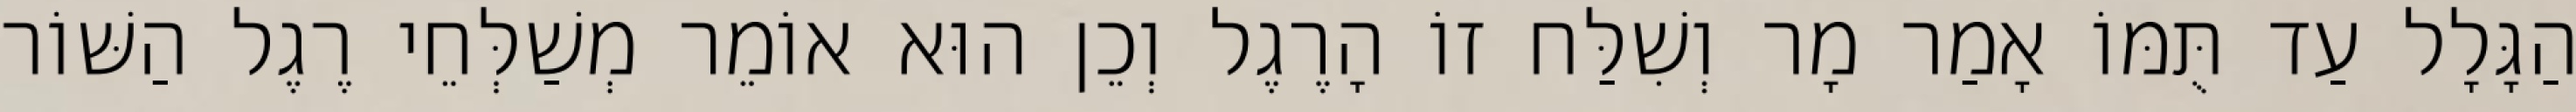
הַגָּלָל עַד תֻּמּוֹ אָמַר מָר וְשִׁלַּח זוֹ הָרֶגֶל וְכֵן הוּא אוֹמֵר מְשַׁלְּחֵי רֶגֶל הַשּׁוֹר